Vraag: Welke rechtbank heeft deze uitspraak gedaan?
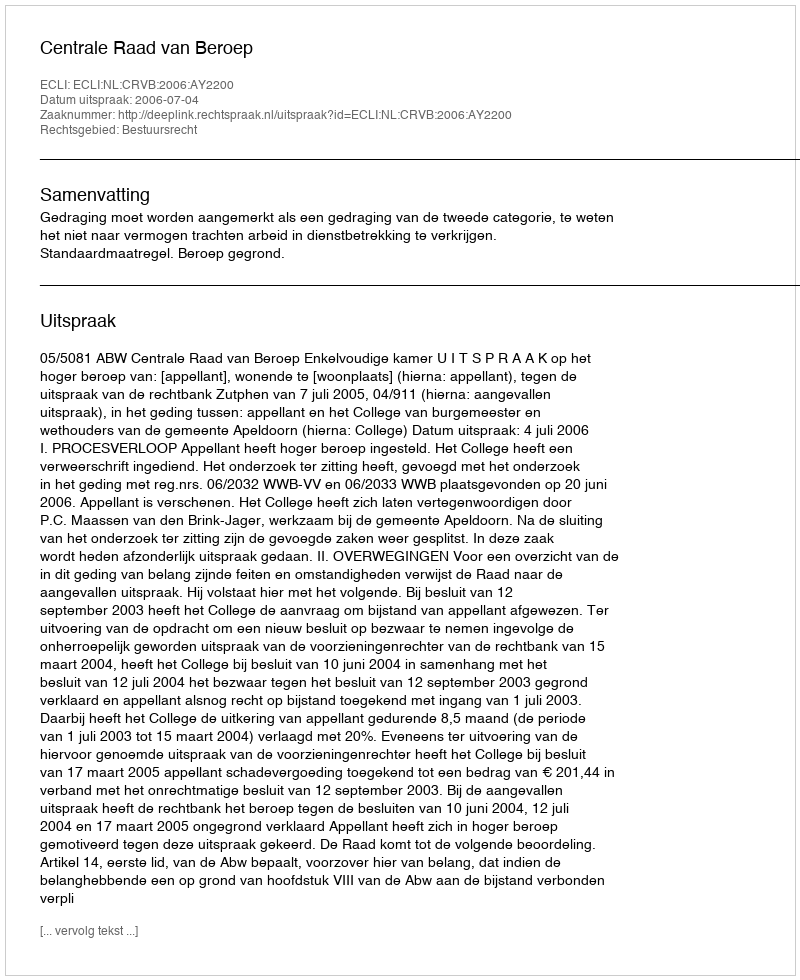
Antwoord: Centrale Raad van Beroep